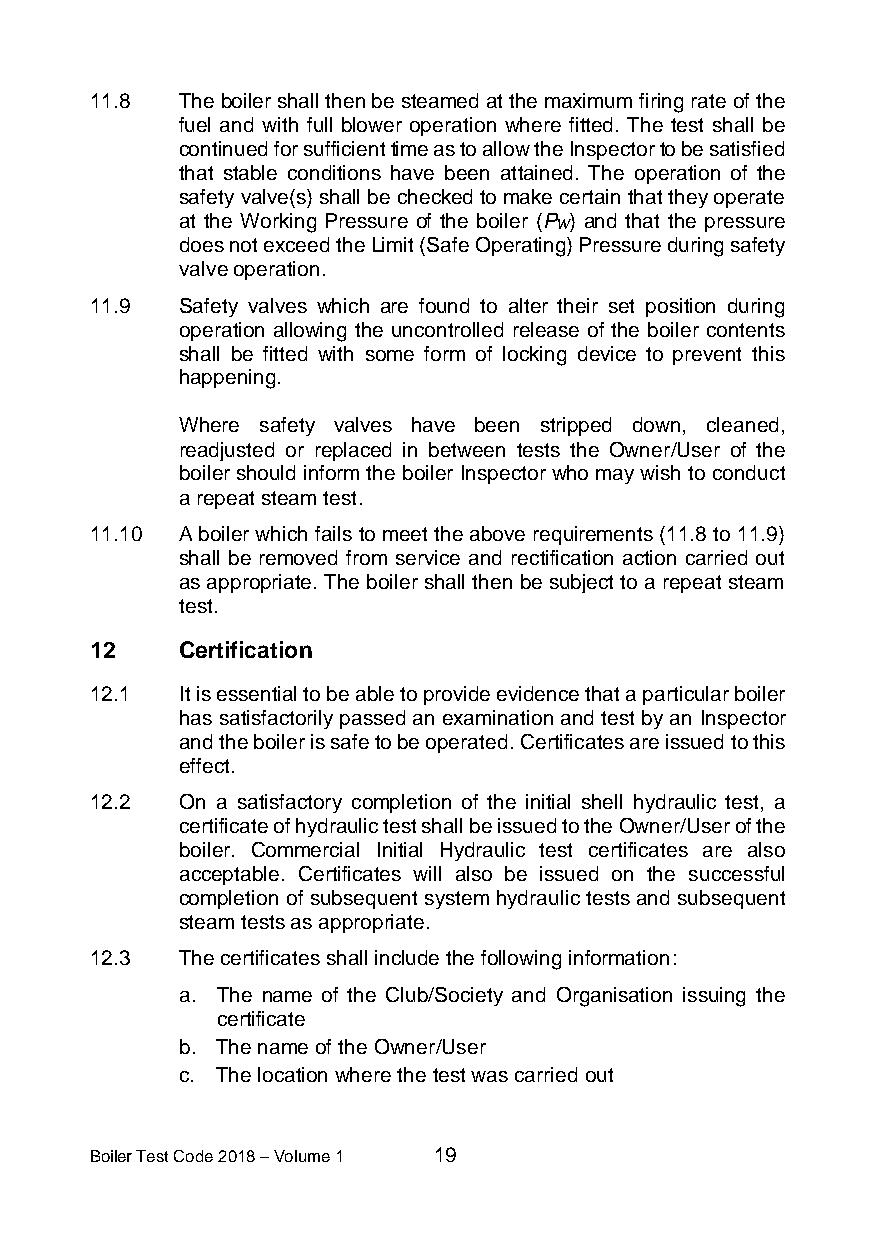
11.8  The boiler shall then be steamed at the maximum firing rate of the
 fuel and with full blower operation where fitted. The test shall be
 continued for sufficient time as to allow the Inspector to be satisfied
 that stable conditions have been attained. The operation of the
 safety valve(s) shall be checked to make certain that they operate
 at the Working Pressure of the boiler (P ) and that the pressure
 W
 does not exceed the Limit (Safe Operating) Pressure during safety
 valve operation.
 11.9  Safety valves which are found to alter their set position during
 operation allowing the uncontrolled release of the boiler contents
 shall be fitted with some form of locking device to prevent this
 happening.
 Where safety valves have been stripped down, cleaned,
 readjusted or replaced in between tests the Owner/User of the
 boiler should inform the boiler Inspector who may wish to conduct
 a repeat steam test.
 11.10 A boiler which fails to meet the above requirements (11.8 to 11.9)
 shall be removed from service and rectification action carried out
 as appropriate. The boiler shall then be subject to a repeat steam
 test.
 12    Certification
 12.1  It is essential to be able to provide evidence that a particular boiler
 has satisfactorily passed an examination and test by an Inspector
 and the boiler is safe to be operated. Certificates are issued to this
 effect.
 12.2  On a satisfactory completion of the initial shell hydraulic test, a
 certificate of hydraulic test shall be issued to the Owner/User of the
 boiler. Commercial Initial Hydraulic test certificates are also
 acceptable. Certificates will also be issued on the successful
 completion of subsequent system hydraulic tests and subsequent
 steam tests as appropriate.
 12.3  The certificates shall include the following information:
 a. The name of the Club/Society and Organisation issuing the
 certificate
 b. The name of the Owner/User
 c. The location where the test was carried out
 Boiler Test Code 2018 – Volume 1 19